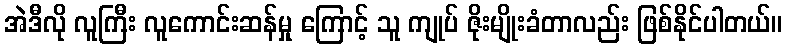
အဲဒီလို လူကြီး လူကောင်းဆန်မှု ကြောင့် သူ ကျုပ် ဇိုးမျိုးခံတာလည်း ဖြစ်နိုင်ပါတယ်။